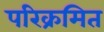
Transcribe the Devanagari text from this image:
परिक्रमित